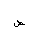
Letter: _da